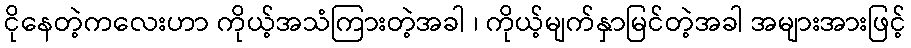
ငိုနေတဲ့ကလေးဟာ ကိုယ့်အသံကြားတဲ့အခါ ၊ ကိုယ့်မျက်နှာမြင်တဲ့အခါ အများအားဖြင့်